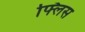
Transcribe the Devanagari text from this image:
फ्लिस